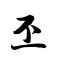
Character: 丕